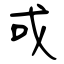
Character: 戓